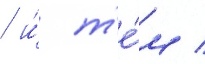
 и́ т'е́м /